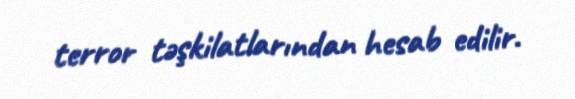
terror təşkilatlarından hesab edilir.